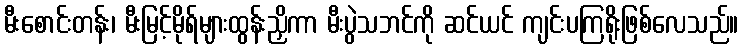
မီးစောင်းတန်း၊ မီးမြင့်မိုရ်များထွန်းညှိကာ မီးပွဲသဘင်ကို ဆင်ယင် ကျင်းပကြရိုးဖြစ်လေသည်။